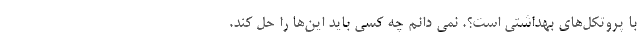
با پروتکل‌های بهداشتی است؟. نمی دانم چه کسی باید این‌ها را حل کند.